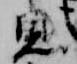
見